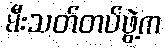
မီးသတ်တပ်ဖွဲ့က